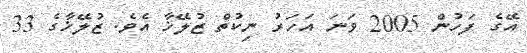
އޭގެ ފަހުން 2005 ވަނަ އަހަރު ނިކުތް ޒުލޭޚާ އެވެ. ޒުލޭޚާގެ 33